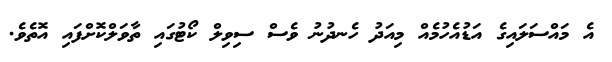
އެ މައްސަލައިގެ އަޑުއެހުމެއް މިއަދު ހެނދުނު ވެސް ސިވިލް ކޯޓުގައި ތާވަލްކޮށްފައި އޮތެވެ.